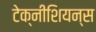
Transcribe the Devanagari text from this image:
टेक्नीशियन्स